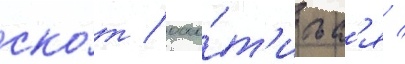
ско́т / охо́т'итьс'я /